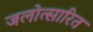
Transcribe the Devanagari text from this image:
जलोत्सारित